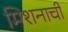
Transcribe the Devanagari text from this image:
मिशनाची